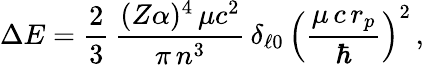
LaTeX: \Delta E=\frac{2}{3}\, \frac{(Z\alpha)^{4}\, \mu c^{2}}{\pi\, n^{3}}\, \delta_{\ell 0}\, \left(\frac{\mu\, c\, r_{p}}{\hbar}\right)^{2}\, ,